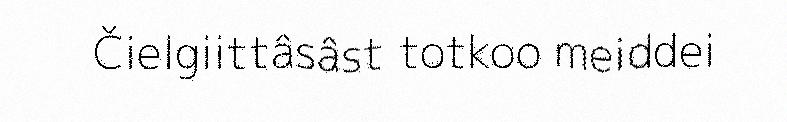
Čielgiittâsâst totkoo meiddei